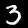
Digit: 3